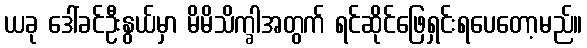
ယခု ဒေါ်ခင်ဦးနွယ်မှာ မိမိသိက္ခါအတွက် ရင်ဆိုင်ဖြေရှင်းရပေတော့မည်။